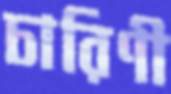
চারিণী